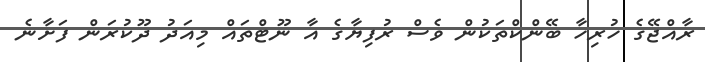
ރާއްޖޭގެ ހުރިހާ ބޭންކްތަކުން ވެސް ރުފިޔާގެ އާ ނޫޓްތައް މިއަދު ދޫކުރަން ފަށާނެ